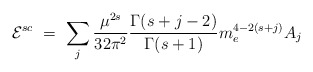
\begin{align*}{\cal E}^{sc}\ =\ \sum_j\frac{\mu^{2s}}{32\pi^2}\frac{\Gamma(s+j-2)}{\Gamma(s+1)}m_e^{4-2(s+j)}A_j\end{align*}